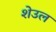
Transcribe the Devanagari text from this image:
शेउल